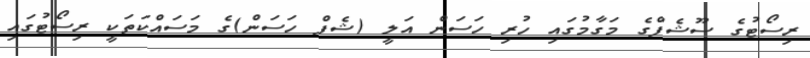
ރިސޯޓުގެ ސޫޝެފްގެ މަގާމުގައި ހުރި ހަސަން އަލީ (ޝެފް ހަސަން)ގެ މަސައްކަތަކީ ރިސޯޓުގައި